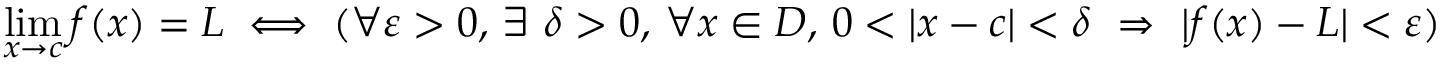
\operatorname* { l i m } _ { x \to c } f ( x ) = L \iff ( \forall \varepsilon > 0 , \, \exists \ \delta > 0 , \, \forall x \in D , \, 0 < | x - c | < \delta \ \Rightarrow \ | f ( x ) - L | < \varepsilon )